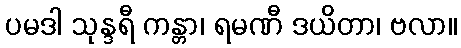
ပမဒါ သုန္ဒရီ ကန္တာ၊ ရမဏီ ဒယိတာ၊ ဗလာ။